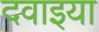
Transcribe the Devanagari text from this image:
दवाइया